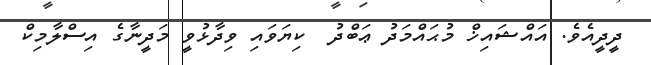
ދީދީއެވެ. އައްޝައިޚް މުޙައްމަދު ޢަބްދު  ކިޔަވައި ވިދާޅުވީ މަދީނާގެ އިސްލާމިކް